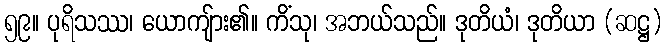
၅၉။ ပုရိသဿ၊ ယောကျ်ား၏။ ကိံသု၊ အဘယ်သည်။ ဒုတိယံ၊ ဒုတိယာ (ဆဋ္ဌ)